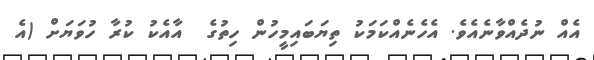
އެއް ނުދެއްވާނެއެވެ. އެހެނެއްކަމަކު ތިޔަބައިމީހުން ހިތުގެ  އާއެކު ކުރާ ހުވަޔަށް (އެ